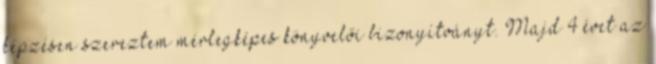
képzésen szereztem mérlegképes könyvelői bizonyítványt. Majd 4 évet az